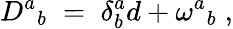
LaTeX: D^{a}{}_{b}\; =\; \delta_{b}^{a}d+\omega^{a}{}_{b}\; ,